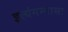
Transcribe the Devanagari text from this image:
इत्यंगन्यासः